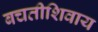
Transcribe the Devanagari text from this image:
बचतीशिवाय